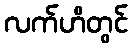
လက်ဟိတွင်